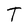
Character: T